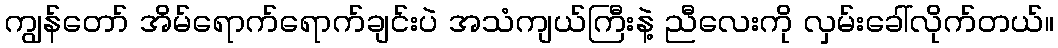
ကျွန်တော် အိမ်ရောက်ရောက်ချင်းပဲ အသံကျယ်ကြီးနဲ့ ညီလေးကို လှမ်းခေါ်လိုက်တယ်။